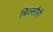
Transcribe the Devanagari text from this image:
बिल्लौरी